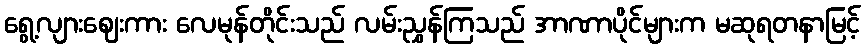
ရွေ့လျားဈေးကား လေမုန်တိုင်းသည် လမ်းညွှန်ကြသည် အာဏာပိုင်များက မဆုရတနာမြင့်